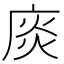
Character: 𢉘